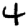
Digit: 4